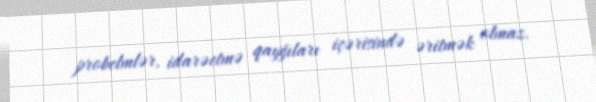
probelmlər, idarəetmə qayğıları içərisində əritmək olmaz.